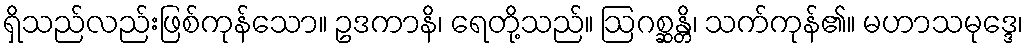
ရှိသည်လည်းဖြစ်ကုန်သော။ ဥဒကာနိ၊ ရေတို့သည်။ ဩဂစ္ဆန္တိ၊ သက်ကုန်၏။ မဟာသမုဒ္ဒေ၊